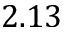
2 . 1 3